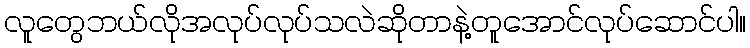
လူတွေဘယ်လိုအလုပ်လုပ်သလဲဆိုတာနဲ့တူအောင်လုပ်ဆောင်ပါ။